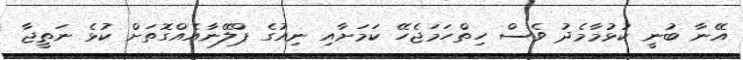
އޭނާ ބުނީ ކުޅުމާމެދު ވެސް ހިތްހަމަޖެހޭ ކަމަށާއި ނިއުގެ ޕްލޭނާއެއްގޮތަށް ކުޅެ ނަތީޖާ